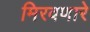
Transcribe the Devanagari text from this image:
मिरवणारे